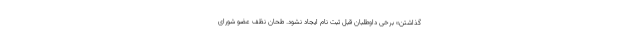
گذاشتن» برخی داوطلبان قبل ثبت نام ایجاد نشود. طحان نظف عضو شورای